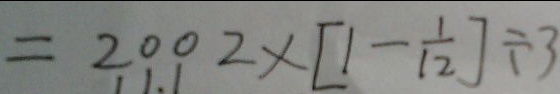
= 2 0 0 2 \times [ 1 - \frac { 1 } { 1 2 } ] \div 3